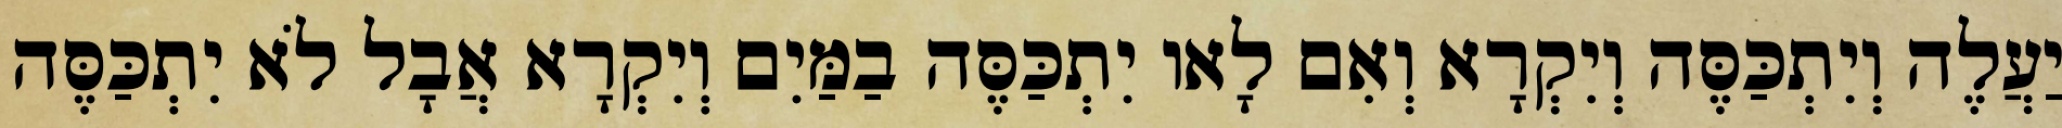
יַעֲלֶה וְיִתְכַּסֶּה וְיִקְרָא וְאִם לָאו יִתְכַּסֶּה בַמַּיִם וְיִקְרָא אֲבָל לֹא יִתְכַּסֶּה